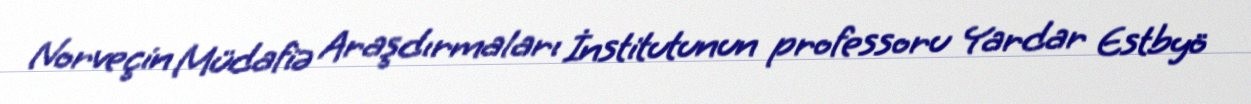
Norveçin Müdafiə Araşdırmaları İnstitutunun professoru Yardar Estbyö